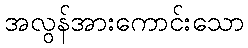
အလွန်အားကောင်းသော